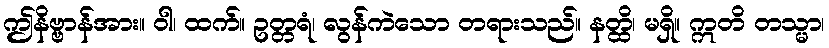
ဤနိဗ္ဗာန်အား။ ဝါ၊ ထက်။ ဥတ္တရံ၊ လွန်ကဲသော တရားသည်။ နတ္ထိ၊ မရှိ။ ဣတိ တသ္မာ၊